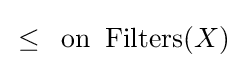
\,\leq \,{\text{ on }}\operatorname {Filters} (X)